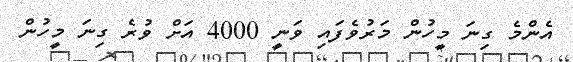
އެންމެ ގިނަ މީހުން މަރުވެފައި ވަނީ 4000 އަށް ވުރެ ގިނަ މީހުން